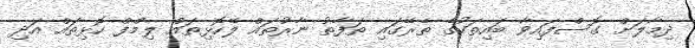
ދިމާލަށް ގޮސްފައިވާ ބައިތަކުގެ ތެރޭގައި ތަފާތު ނާރުތައް ލޭހޮޅިތައް ލިމްފް ހޮޅިތައް އަދި